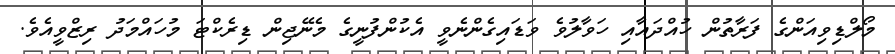
މޯލްޑިވިއަންގެ ފަރާތުން ހުއްދައާއި ހަވާލުވެ ވަޑައިގެންނެވީ އެކުންފުނީގެ މެނޭޖިން ޑިރެކްޓަ މުހައްމަދު ރިޒްވީއެވެ.